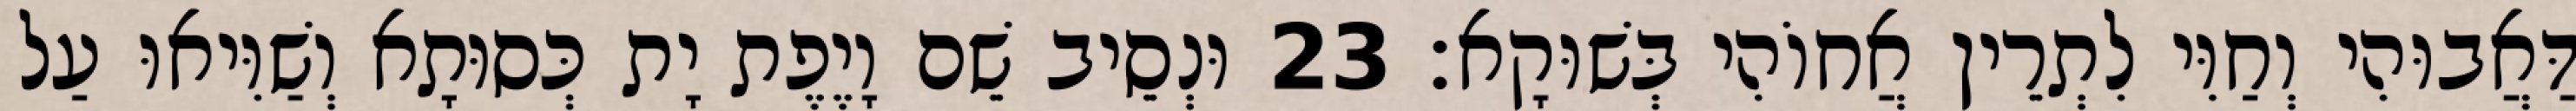
דַּאֲבוּהִי וְחַוִּי לִתְרֵין אֲחוֹהִי בְּשׁוּקָא׃ 23 וּנְסֵיב שֵׁם וָיֶפֶת יָת כְּסוּתָא וְשַׁוִּיאוּ עַל